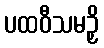
ပထဝီသမဉှိ